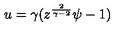
u = \gamma ( z ^ { \frac { 2 } { \gamma - 2 } } \psi - 1 )